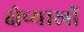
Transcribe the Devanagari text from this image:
क्षेप्यास्रों